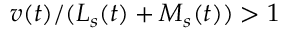
v ( t ) / ( L _ { s } ( t ) + M _ { s } ( t ) ) > 1